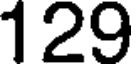
129